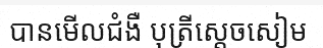
បានមើលជំងឺ បុត្រីស្តេចសៀម